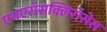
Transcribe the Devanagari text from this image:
एथएरॉसक्लिरॉसेस